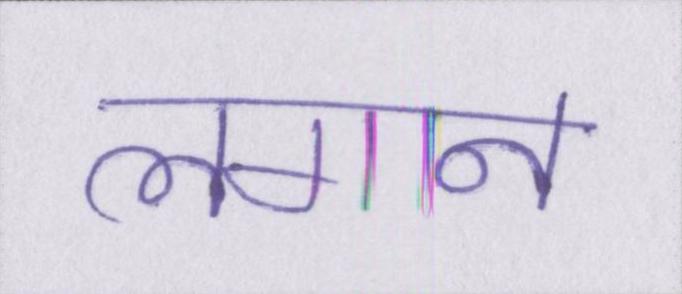
लगान